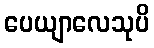
ပေယျာလေသုပိ